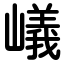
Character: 嶬